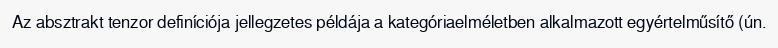
Az absztrakt tenzor definíciója jellegzetes példája a kategóriaelméletben alkalmazott egyértelműsítő (ún.